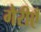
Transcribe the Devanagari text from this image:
गैरीएँ